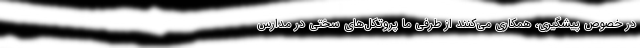
در خصوص پیشگیری، همکاری می‌کنند از طرفی ما پروتکل‌های سختی در مدارس